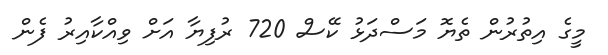
މީގެ އިތުރުން ތެޔޮ މަސްދަޅު ކޭސް 720 ރުފިޔާ އަށް ވިއްކާއިރު ފެން